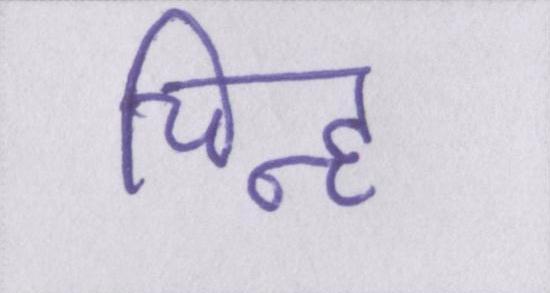
चिह्न